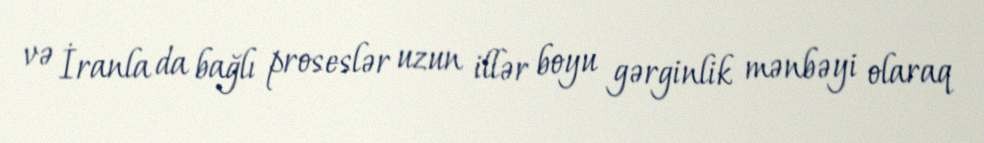
və İranla da bağlı proseslər uzun illər boyu gərginlik mənbəyi olaraq